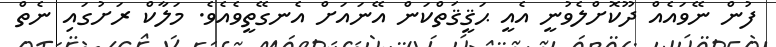
ފުން ނޭވައެއް ދޫކޮށްލެވުނީ އެއީ ޙަޤީޤަތްކަން އޭނައަށް އެނގޭތީވެއެވެ. މަލާކް ރަށުގައި ނެތް